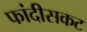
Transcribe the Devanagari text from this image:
फांदीसकट